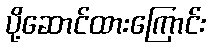
ပို့ဆောင်ထားကြောင်း